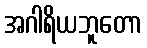
အဂါရိယဘူတော